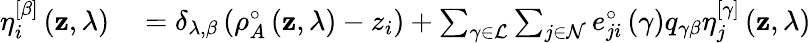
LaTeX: \begin{array}{rl}{\eta_{i}^{\left[\beta\right]}\left(\mathbf{z},\lambda\right)}&{{}=\delta_{\lambda,\beta}\left(\rho_{A}^{\circ}\left(\mathbf{z},\lambda\right)-z_{i}\right)+\sum_{\gamma\in\mathcal{L}}\sum_{j\in\mathcal{N}}e_{ji}^{\circ}\left(\gamma\right)q_{\gamma\beta}\eta_{j}^{\left[\gamma\right]}\left(\mathbf{z},\lambda\right)}\end{array}